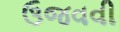
ઉજવવી